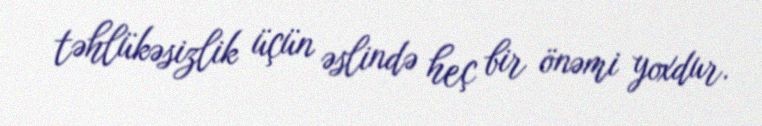
təhlükəsizlik üçün əslində heç bir önəmi yoxdur.